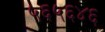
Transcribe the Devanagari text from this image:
५६५६४६